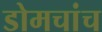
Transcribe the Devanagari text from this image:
डोमचांच